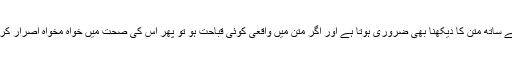
اس لئے سند کے ساتھ متن کا دیکھنا بھی ضروری ہوتا ہے اور اگر متن میں واقعی کوئی قباحت ہو تو پھر اس کی صحت میں خواہ مخواہ اصرار کرنا صحیح نہیں۔